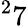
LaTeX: ^27